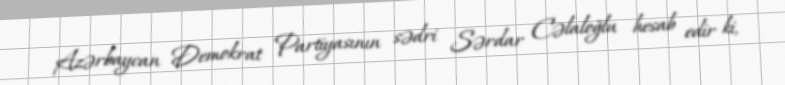
Azərbaycan Demokrat Partiyasının sədri Sərdar Cəlaloğlu hesab edir ki,